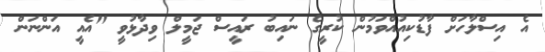
އެ އިސްލާހަށް ފާޑުކިއުއްވަމުން ކުރީގެ ނައިބު ރައީސް ޖަމީލް ވިދާޅުވީ "އެއީ އަންނަން